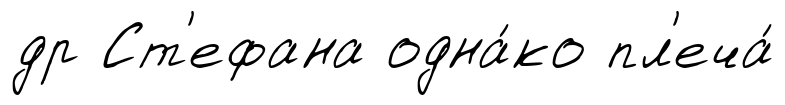
др Ст'ефана одна́ко пл'еча́